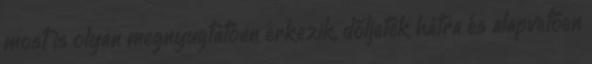
most is olyan megnyugtatóan érkezik, dőljetek hátra és alapvetően